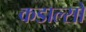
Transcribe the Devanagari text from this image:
कडाल्सो